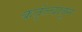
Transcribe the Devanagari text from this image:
कर्तृत्त्वातून